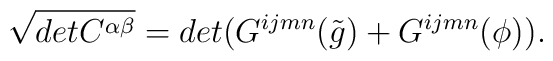
\sqrt{det C^{\alpha \beta} } = det( G^{i j m n}(\tilde{g})+G^{i j m n}(\phi)) .